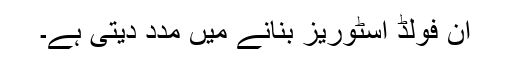
ان فولڈ اسٹوریز بنانے میں مدد دیتی ہے۔